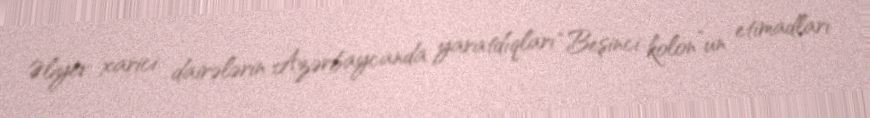
Əliyev xarici dairələrin Azərbaycanda yaratdıqları “Beşinci kolon”un etimadları